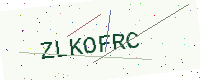
Text: ZLKOFRC